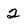
Character: 2